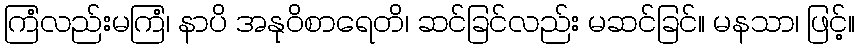
ကြံလည်းမကြံ၊ နာပိ အနုဝိစာရေတိ၊ ဆင်ခြင်လည်း မဆင်ခြင်။ မနသာ၊ ဖြင့်။